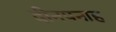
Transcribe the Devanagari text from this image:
दीनपनाह